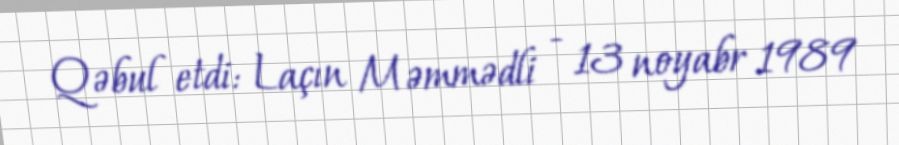
Qəbul etdi: Laçın Məmmədli - 13 noyabr 1989